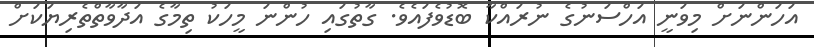
އަހަންނަށް މިވަނީ އަހްސަނުގެ ނުރައްކާ ބޮޑުވެފައެވެ. ގާތުގައި ހުންނަ މީހަކު ތިމާގެ އަދާވާތްތެރިޔަކަށް